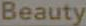
Beauty